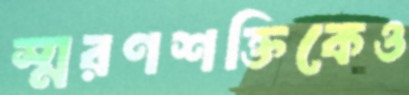
স্মরণশক্তিকেও